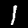
Digit: 1